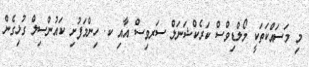
މި މަސައްކަތަކީ މޯލްޑިވްސް ކަރެކްޝަނަލް ސަރވިސް އާއި ކ. ހިންމަފުށި ކައުންސިލް ގުޅިގެން